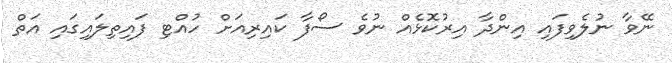
ނޭވާ ނުލެވިފައި އިންދާ އިރުކޮޅެއް ނުވެ ސޯފާ ކައިރިއަށް ހުއްޓި ފައިތިލައިގައި އަތް